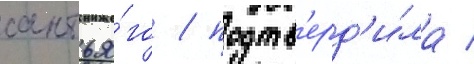
сантья́го / подтв'ерд'и́ла /